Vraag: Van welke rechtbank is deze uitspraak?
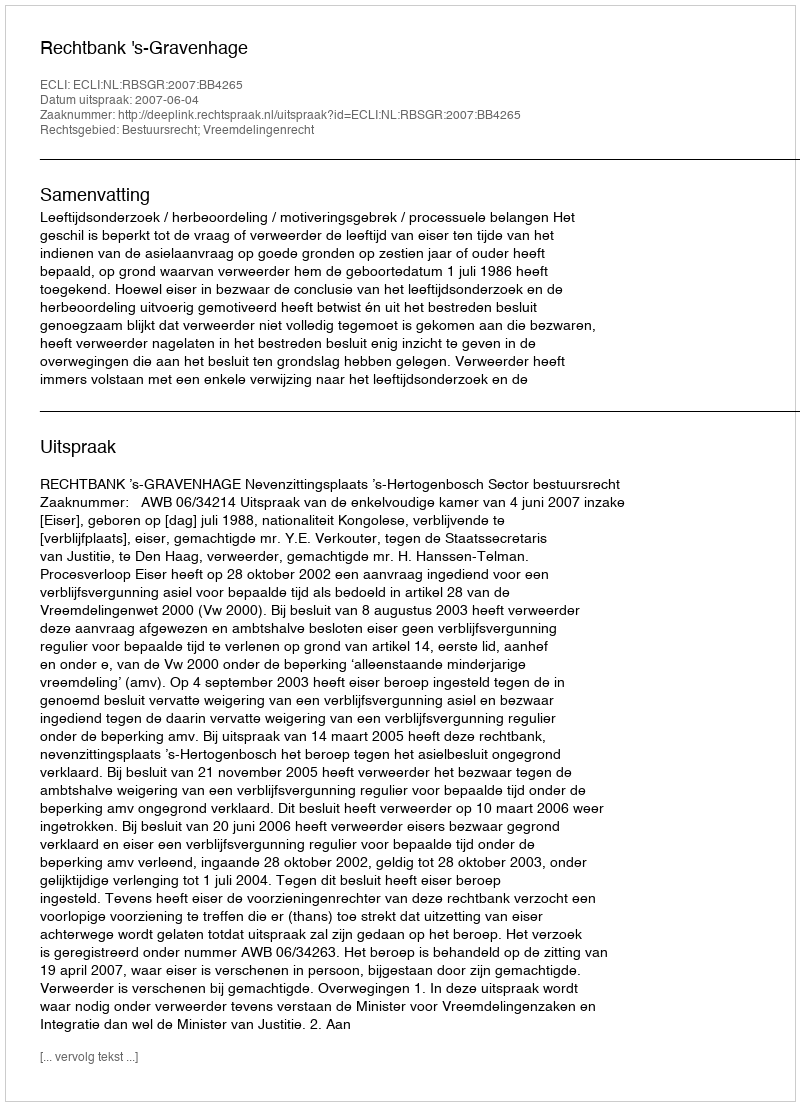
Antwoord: Rechtbank 's-Gravenhage